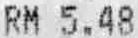
RM 5.48